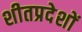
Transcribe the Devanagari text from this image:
शीतप्रदेशों